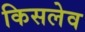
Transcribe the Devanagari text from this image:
किसलेव